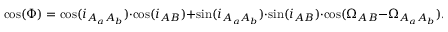
\cos ( \Phi ) = \cos ( i _ { A _ { a } A _ { b } } ) \cdot \cos ( i _ { A B } ) + \sin ( i _ { A _ { a } A _ { b } } ) \cdot \sin ( i _ { A B } ) \cdot \cos ( \Omega _ { A B } - \Omega _ { A _ { a } A _ { b } } ) .